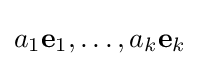
a_{1}\mathbf {e} _{1},\ldots ,a_{k}\mathbf {e} _{k}